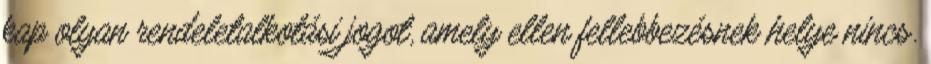
kap olyan rendeletalkotási jogot, amely ellen fellebbezésnek helye nincs.